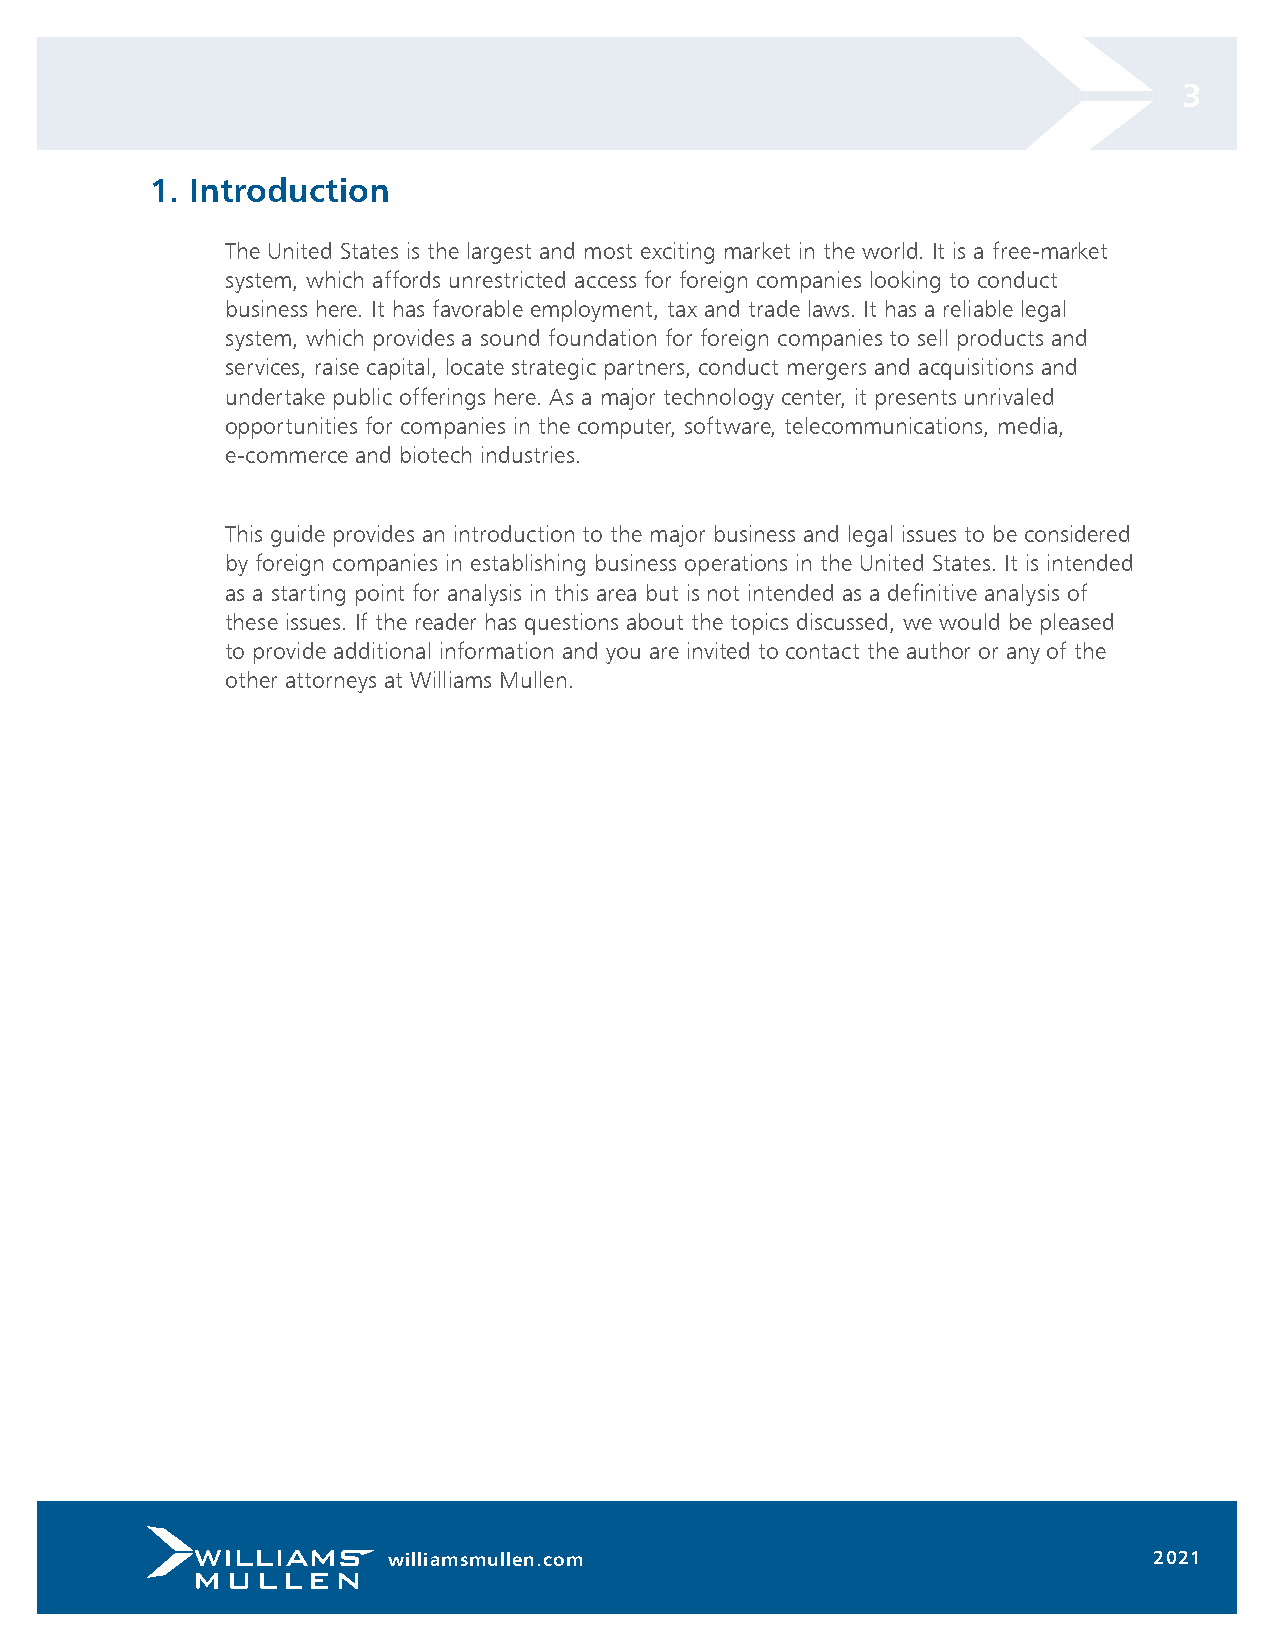
3
 1. Introduction
 The United States is the largest and most exciting market in the world. It is a free-market
 system, which affords unrestricted access for foreign companies looking to conduct
 business here. It has favorable employment, tax and trade laws. It has a reliable legal
 system, which provides a sound foundation for foreign companies to sell products and
 services, raise capital, locate strategic partners, conduct mergers and acquisitions and
 undertake public offerings here. As a major technology center, it presents unrivaled
 opportunities for companies in the computer, software, telecommunications, media,
 e-commerce and biotech industries.
 This guide provides an introduction to the major business and legal issues to be considered
 by foreign companies in establishing business operations in the United States. It is intended
 as a starting point for analysis in this area but is not intended as a definitive analysis of
 these issues. If the reader has questions about the topics discussed, we would be pleased
 to provide additional information and you are invited to contact the author or any of the
 other attorneys at Williams Mullen.
 williamsmullen.com                                2021